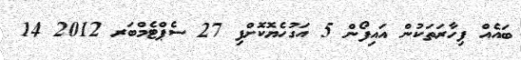
ބައެއް ފިހާރަތަކުން އައިފޯން 5 އަގުހެޔޮކޮށްފި 27 ސެޕްޓެމްބަރ 2012 14